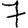
Digit: 7